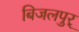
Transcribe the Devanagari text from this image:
बिजलपुर्